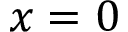
x = 0